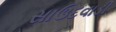
સાઉદવાડી